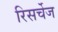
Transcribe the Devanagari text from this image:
रिसर्चेज